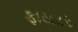
ફાયટર